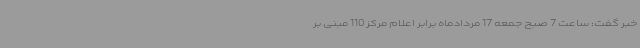
خبر گفت: ساعت 7 صبح جمعه 17 مردادماه برابر اعلام مرکز 110 مبنی بر